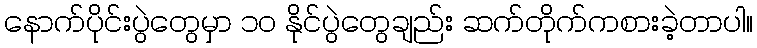
နောက်ပိုင်းပွဲတွေမှာ ၁၀ နိုင်ပွဲတွေချည်း ဆက်တိုက်ကစားခဲ့တာပါ။